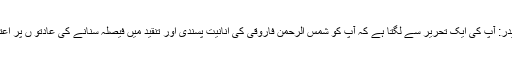
تصنیف حیدر: آپ کی ایک تحریر سے لگتا ہے کہ آپ کو شمس الرحمن فاروقی کی انانیت پسندی اور تنقید میں فیصلہ سنانے کی عادتو ں پر اعتراض ہے۔